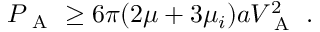
P _ { \mathrm { ~ A ~ } } \geq 6 \pi ( 2 \mu + 3 \mu _ { i } ) a V _ { \mathrm { ~ A ~ } } ^ { 2 } \; .